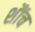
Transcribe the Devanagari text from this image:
शौंच